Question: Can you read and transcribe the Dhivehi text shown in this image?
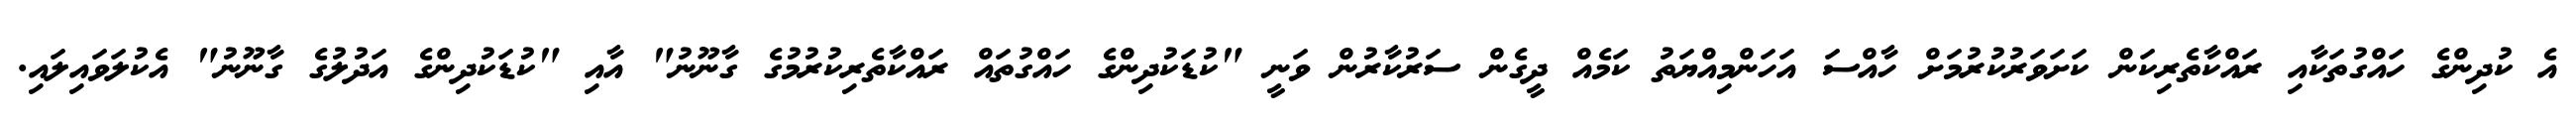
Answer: އެ ކުދިންގެ ހައްގުތަކާއި ރައްކާތެރިކަން ކަށަވަރުކުރުމަށް ހާއްސަ އަހަންމިއްޔަތު ކަމެއް ދީގެން ސަރުކާރުން ވަނީ "ކުޑަކުދިންގެ ހައްގުތައް ރައްކާތެރިކުރުމުގެ ގާނޫނު" އާއި "ކުޑަކުދިންގެ އަދުލުގެ ގާނޫނު" އެކުލަވައިލައި.